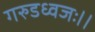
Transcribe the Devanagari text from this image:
गरुडध्वजः।।